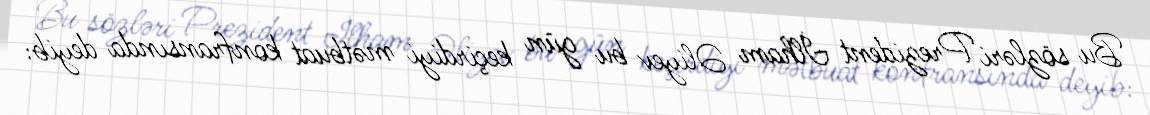
Bu sözləri Prezident İlham Əliyev bu gün keçirdiyi mətbuat konfransında deyib: